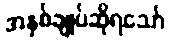
အနှစ်ချုပ်ဆိုရသော်